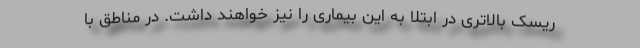
ریسک بالاتری در ابتلا به این بیماری را نیز خواهند داشت. در مناطق با